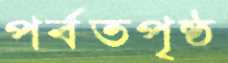
পর্বতপৃষ্ঠ